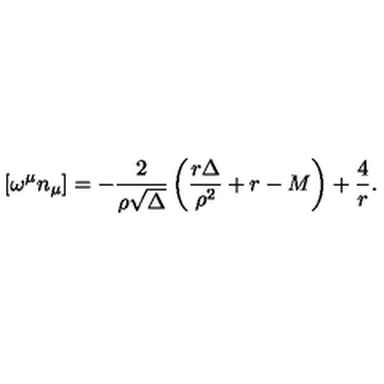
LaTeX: \left[ \omega ^ { \mu } n _ { \mu } \right] = - { \frac { 2 } { \rho { \sqrt \Delta } } } \left( { \frac { r \Delta } { \rho ^ { 2 } } } + r - M \right) + { \frac { 4 } { r } } .